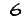
Digit: 6